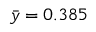
\bar { y } = 0 . 3 8 5